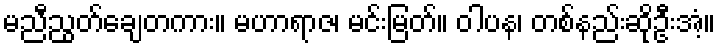
မညီညွတ်ချေတကား။ မဟာရာဇ၊ မင်းမြတ်။ ဝါပန၊ တစ်နည်းဆိုဦးအံ့။